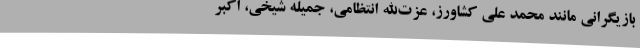
بازیگرانی مانند محمد علی کشاورز، عزت‌الله انتظامی، جمیله شیخی، اکبر